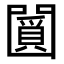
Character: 𠚞